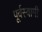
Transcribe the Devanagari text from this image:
पूर्वस्वामी